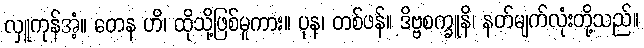
လှူကုန်အံ့။ တေန ဟိ၊ ထိုသို့ဖြစ်မူကား။ ပုန၊ တစ်ဖန်။ ဒိဗ္ဗစက္ခူနိ၊ နတ်မျက်လုံးတို့သည်။